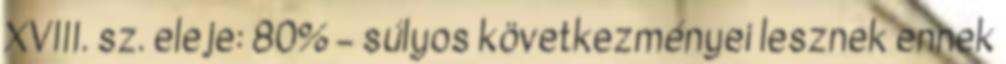
XVIII. sz. eleje: 80% – súlyos következményei lesznek ennek